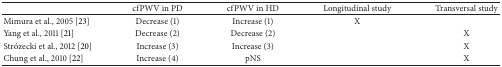
<table><thead><tr><td><b> </b></td><td><b>cfPWV in PD</b></td><td><b>cfPWV in HD</b></td><td><b>Longitudinal study</b></td><td><b>Transversal study</b></td></tr></thead><tbody><tr><td>Mimura et al., 2005 [23]</td><td>Decrease (1)</td><td>Increase (1)</td><td>X</td><td> </td></tr><tr><td>Yang et al., 2011 [21]</td><td>Decrease (2)</td><td>Decrease (2)</td><td> </td><td>X</td></tr><tr><td>Strózecki et al., 2012 [20]</td><td>Increase (3)</td><td>Increase (3)</td><td> </td><td>X</td></tr><tr><td>Chung et al., 2010 [22]</td><td>Increase (4)</td><td>pNS</td><td> </td><td>X</td></tr></tbody></table>